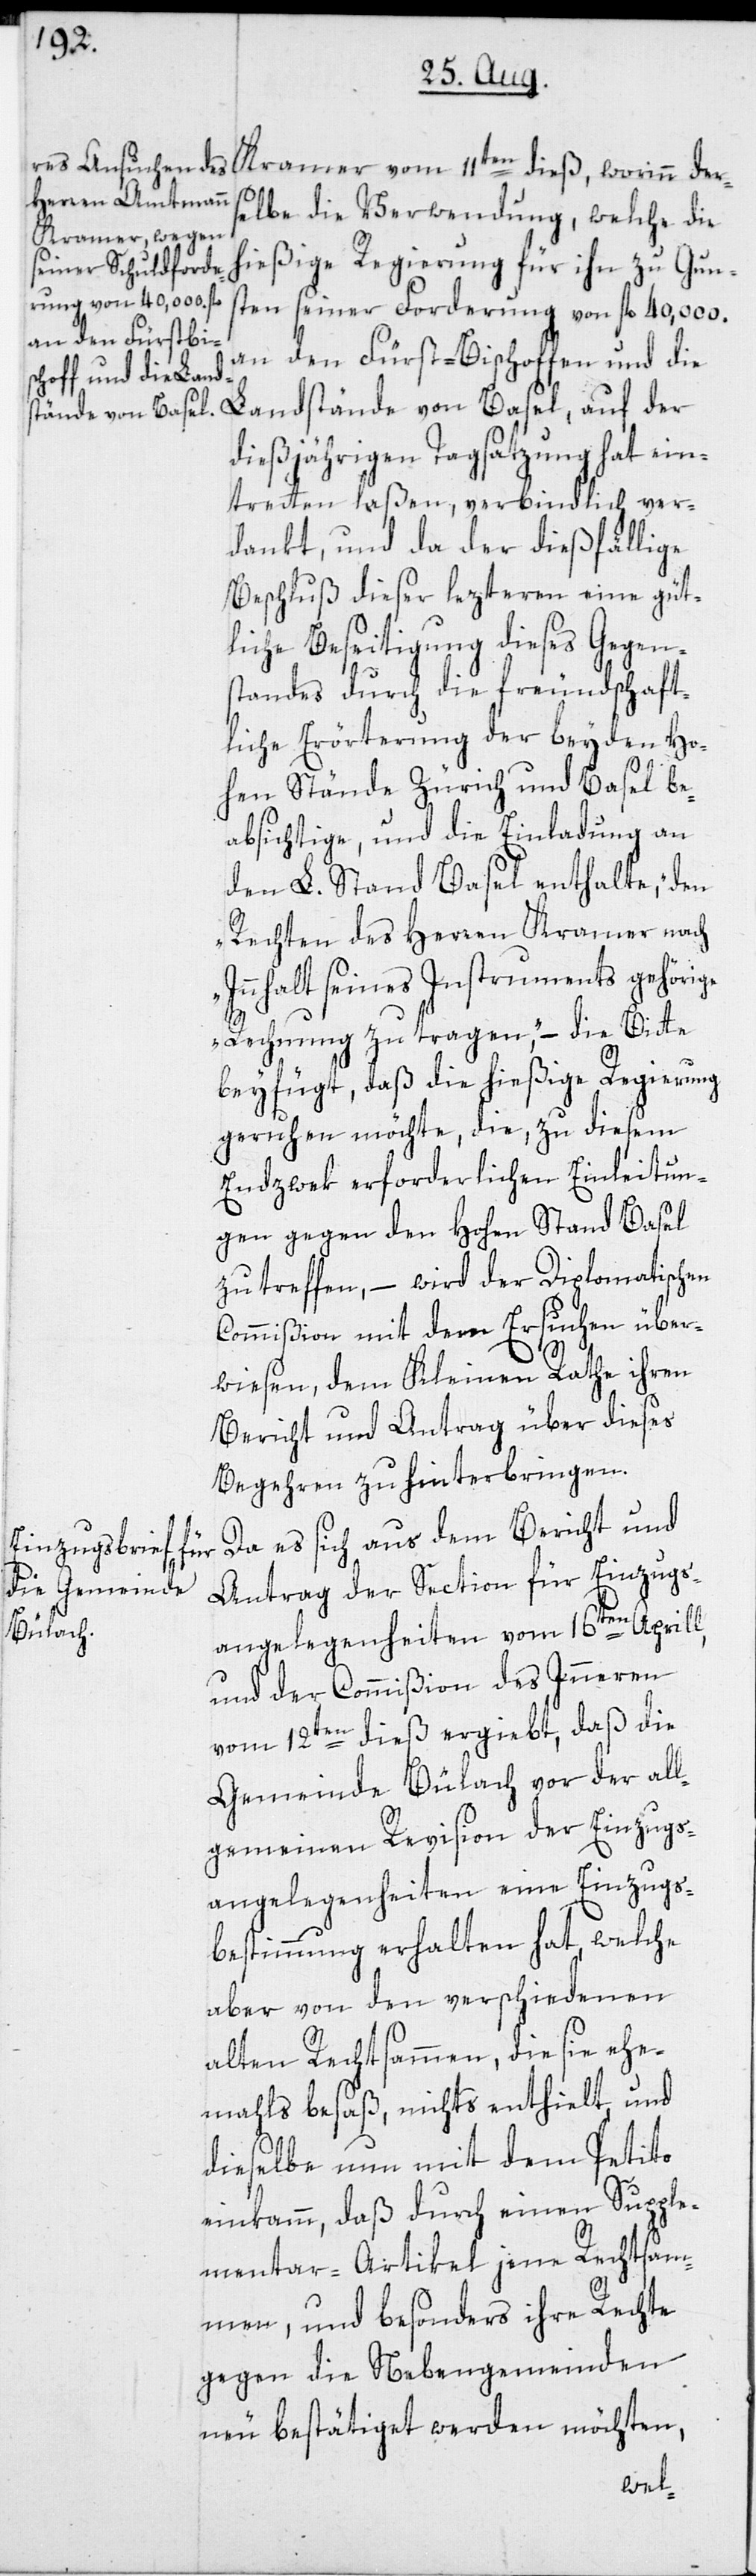
ders¬
elbe die Verwendung, welche die
hießige Regierung für ihn zu Gun¬
sten seiner Forderung von fl. 40,000.
an den Fürst-Bischoffen und die
Landstände von Basel, auf der
dießjährigen Tagsatzung hat ein¬
tretten laßen, verbindlich ver¬
dankt, und da der dießfällige
Beschluß dieser lezteren eine güt¬
liche Beseitigung dieses Gegen¬
standes durch die freundschaft¬
liche Erörterung der beyden Ho¬
hen Stände Zürich und Basel be¬
absichtige, und die Einladung an
den L. Stand Basel enthalte, „den
Rechten des Herren Kramer nach
Innhalt seines Instruments gehörige
Rechnung zu tragen“, – die Bitte
beyfügt, daß die hießige Regierung
geruhen möchte, die, zu diesem
Endzwek erforderlichen Einleitun¬
gen gegen den Hohen Stand Basel
zu treffen, – wird der Diplomatischen
Commißion mit dem Ersuchen über¬
wiesen, dem Kleinen Rathe ihren
Bericht und Antrag über dieses
Begehren zu hinterbringen.
Da es sich aus dem Bericht und
Antrag der Section für Einzugs¬
angelegenheiten vom 16ten Aprill,
und der Commißion des Inneren
vom 12ten dieß ergiebt, daß die
Gemeinde Bülach vor der all¬
gemeinen Revision der Einzugs¬
angelegenheiten eine Einzugs¬
bestimmung erhalten hat, welche
aber von den verschiedenen
alten Rechtsammen, die sie ehe¬
mahls besaß, nichts enthielt, und
dieselbe nun mit dem Petito
einkamm, daß durch einen Supple¬
mentar-Artikel jene Rechtsam¬
men, und besonders ihre Rechte
gegen die Nebengemeinden
neu bestätiget werden möchten,